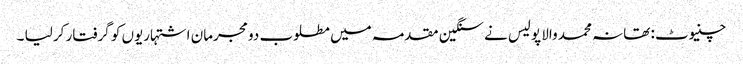
چنیوٹ : تھانہ محمد والا پولیس نے سنگین مقدمہ میں مطلوب دو مجرمان اشتہاریوں کو گرفتار کر لیا ۔